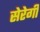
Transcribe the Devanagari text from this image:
सेरेगी